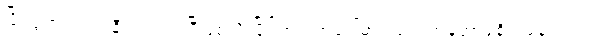
ပြိုင်ပွဲကလည်း နီးကပ်လာပြီဖြစ်လို့ ပြိုင်ဘက်အပေါ်မှာလည်း အခုအာရုံစိုက်နေပါတယ်။